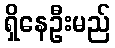
ရှိနေဦးမည်